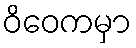
ဝိဝေကမှာ